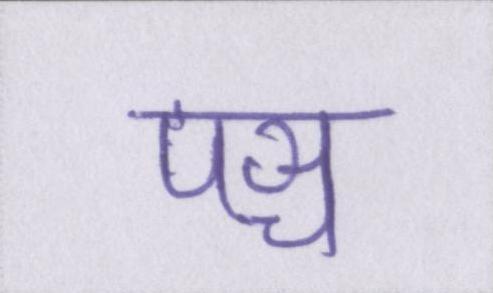
पञ्च